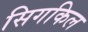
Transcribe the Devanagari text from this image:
सिगकिल